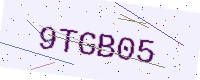
Text: 9TGB05